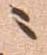
ニ